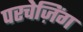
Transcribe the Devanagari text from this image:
परचेज़िंग